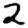
Digit: 2